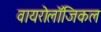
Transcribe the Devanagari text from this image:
वायरोलॉजिकल